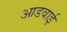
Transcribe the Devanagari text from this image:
आडवाई